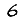
Digit: 6